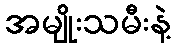
အမျိုးသမီးနဲ့